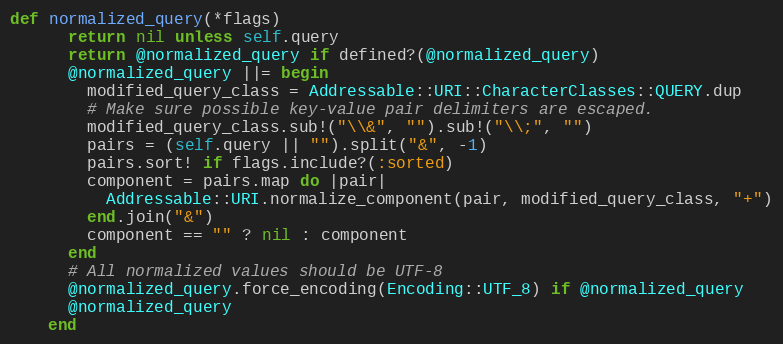
Language: Ruby
def normalized_query(*flags)
      return nil unless self.query
      return @normalized_query if defined?(@normalized_query)
      @normalized_query ||= begin
        modified_query_class = Addressable::URI::CharacterClasses::QUERY.dup
        # Make sure possible key-value pair delimiters are escaped.
        modified_query_class.sub!("\\&", "").sub!("\\;", "")
        pairs = (self.query || "").split("&", -1)
        pairs.sort! if flags.include?(:sorted)
        component = pairs.map do |pair|
          Addressable::URI.normalize_component(pair, modified_query_class, "+")
        end.join("&")
        component == "" ? nil : component
      end
      # All normalized values should be UTF-8
      @normalized_query.force_encoding(Encoding::UTF_8) if @normalized_query
      @normalized_query
    end